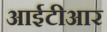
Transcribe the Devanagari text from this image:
आईटीआर